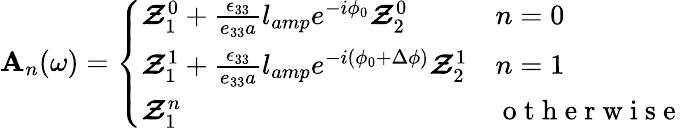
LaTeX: \mathbf{A}_{n}(\omega)=\left\{ \begin{array}{ll}{\boldsymbol{\mathcal{Z}}_{1}^{0}+\frac{\epsilon_{33}}{e_{33}a}l_{amp}e^{-i\phi_{0}}\boldsymbol{\mathcal{Z}}_{2}^{0}}&{n=0}\\ {\boldsymbol{\mathcal{Z}}_{1}^{1}+\frac{\epsilon_{33}}{e_{33}a}l_{amp}e^{-i\left(\phi_{0}+\Delta\phi\right)}\boldsymbol{\mathcal{Z}}_{2}^{1}}&{n=1}\\ {\boldsymbol{\mathcal{Z}}_{1}^{n}}&{\mathrm{~o~t~h~e~r~w~i~s~e~}}\end{array}\right.